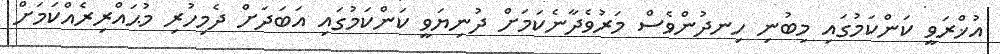
އުޚްރަވީ ކަންކަމުގައި މިބުނި ހިނދުންވެސް މަރުވެދާނެކަމަށް ދުނިޔަވީ ކަންކަމުގައި އަބަދަށް ދެމިހުރި މުޙައްރިރެއްކަމަށް